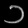
Digit: ၁